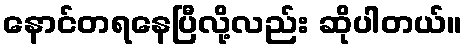
နောင်တရနေပြီလို့လည်း ဆိုပါတယ်။